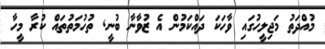
މުއްދަތު މަޖިލީހުގައި ވާހަކަ ދައްކަމުން އެ ޒުވާނާ ބުނީ